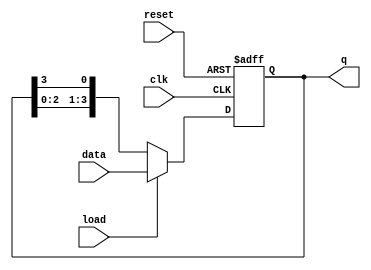
module LoadableRingCounter (
    input wire clk,          // Clock input
    input wire reset,        // Asynchronous reset input
    input wire load,         // Load input
    input wire [N-1:0] data, // Data input for loading the counter
    output reg [N-1:0] q     // Output of the counter
);
    parameter N = 4; // Number of flip-flops (adjust as needed)

    always @(posedge clk or posedge reset) begin
        if (reset) begin
            // Reset the counter to all zeros
            q <= {N{1'b0}};
        end else if (load) begin
            // Load the data into the counter
            q <= data;
        end else begin
            // Ring counting mode
            // Shift the bits in a circular manner
            q <= {q[N-2:0], q[N-1]};
        end
    end
endmodule